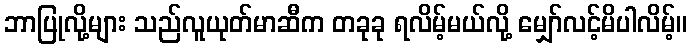
ဘာပြုလို့များ သည်လူယုတ်မာဆီက တခုခု ရလိမ့်မယ်လို့ မျှော်လင့်မိပါလိမ့်။